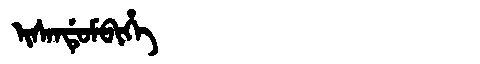
Manchu: ᡳᠰᠠᠨᡩᡠᠮᠪᡳᡥᡝ
Romanization: ISANDUMBIHE